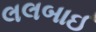
લલબાઈ